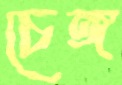
চেঙ্গ